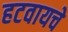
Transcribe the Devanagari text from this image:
हटवायचे